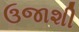
ઉજાશી